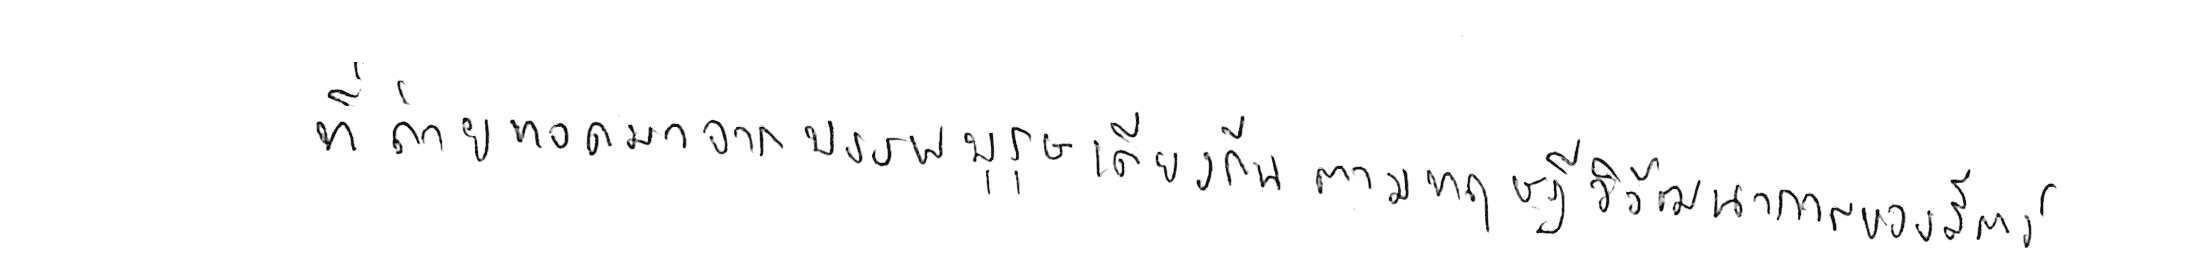
ที่ถ่ายทอดมาจากบรรพบุรุษเดียวกัน ตามทฤษฎีวิวัฒนาการของสัตว์